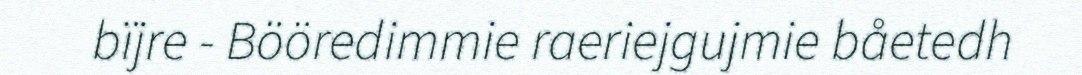
bïjre - Bööredimmie raeriejgujmie båetedh